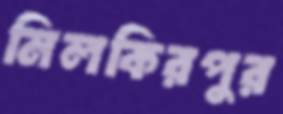
মিলকিরপুর